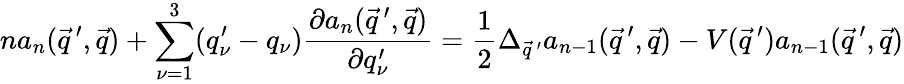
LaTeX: na_{n}(\vec{q}\, ^{\prime},\vec{q})+\sum_{\nu=1}^{3}(q_{\nu}^{\prime}-q_{\nu})\frac{\partial a_{n}(\vec{q}\, ^{\prime},\vec{q})}{\partial q_{\nu}^{\prime}}=\frac{1}{2}\Delta_{\vec{q}\, ^{\prime}}a_{n-1}(\vec{q}\, ^{\prime},\vec{q})-V(\vec{q}\, ^{\prime})a_{n-1}(\vec{q}\, ^{\prime},\vec{q})